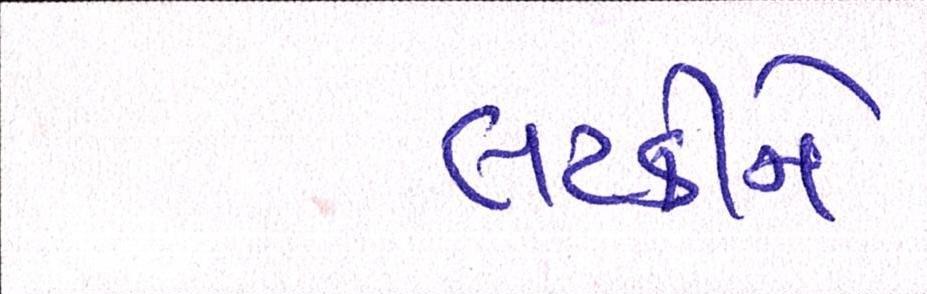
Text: લટકીને